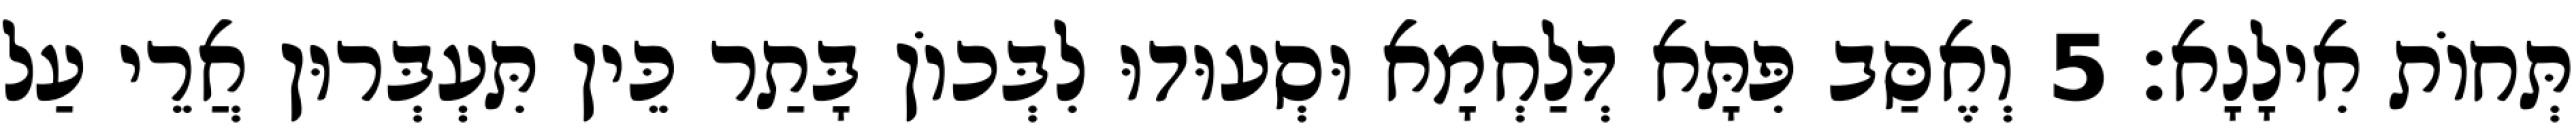
תְּחוֹת אִילָנָא׃ 5 וְאֶסַּב פִּתָּא דְּלַחְמָא וּסְעוּדוּ לִבְּכוֹן בָּתַר כֵּין תִּעְבְּרוּן אֲרֵי עַל